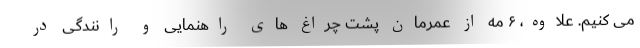
می کنیم. علاوه، ۶ مه از عمرمان پشت چراغ های راهنمایی و رانندگی در